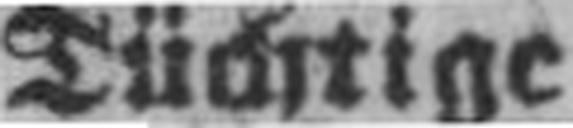
Tüchtige